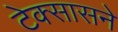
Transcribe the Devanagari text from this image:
टेक्सासने